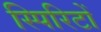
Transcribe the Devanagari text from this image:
स्पिरिटों